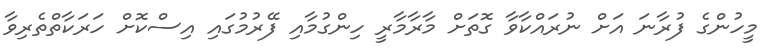
މީހުންގެ ފުރާނަ އަށް ނުރައްކާވާ ގޮތަށް މާރާމާރީ ހިންގުމާއި ފޭރުމުގައި އިސްކޮށް ހަރަކާތްތެރިވާ